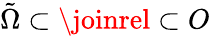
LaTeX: \tilde{\Omega}\subset\joinrel\subset O